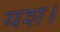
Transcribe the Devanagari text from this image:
यश।